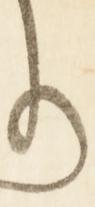
り